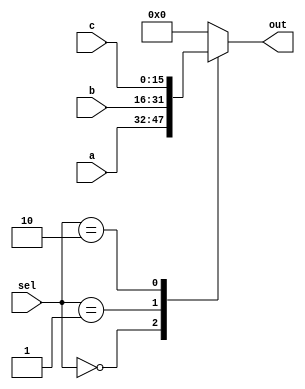
module mux_3_27 (
    input [15:0] a,
    input [15:0] b,
    input [15:0] c,
    input [1:0] sel,
    output reg [15:0] out
  );
  
  
  
  always @* begin
    
    case (sel)
      2'h0: begin
        out = a;
      end
      2'h1: begin
        out = b;
      end
      2'h2: begin
        out = c;
      end
      default: begin
        out = 16'h0000;
      end
    endcase
  end
endmodule